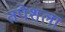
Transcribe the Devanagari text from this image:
तपेशला